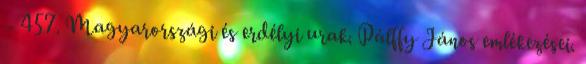
– 457. Magyarországi és erdélyi urak. Pálffy János emlékezései.